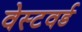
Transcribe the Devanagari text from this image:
वेस्टवर्ड